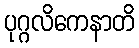
ပုဂ္ဂလိကေနာတိ